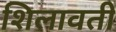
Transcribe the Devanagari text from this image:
शिलावती